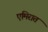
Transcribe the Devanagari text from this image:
एमिरात